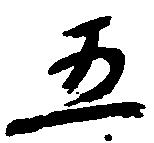
五